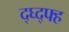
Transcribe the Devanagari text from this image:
द्घ्द्फ्ह